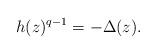
LaTeX: \begin{align*}h(z)^{q-1} = -\Delta(z).\end{align*}